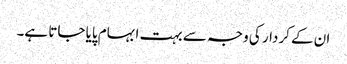
ان کے کردار کی وجہ سے بہت ابہام پایا جاتا ہے۔